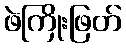
ဖဲကြိုးဖြတ်